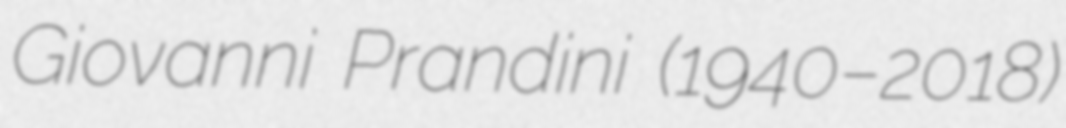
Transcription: Giovanni Prandini (1940–2018)